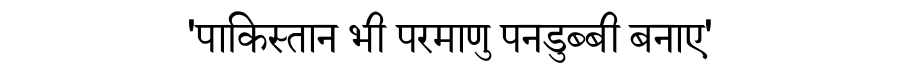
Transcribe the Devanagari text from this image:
'पाकिस्तान भी परमाणु पनडुब्बी बनाए'